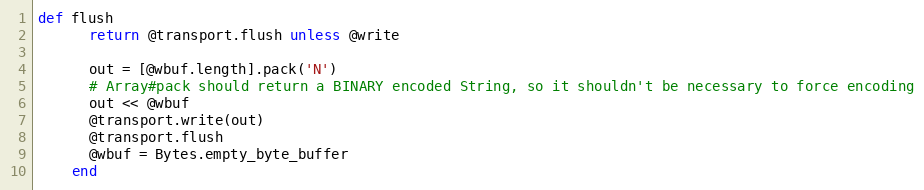
Language: Ruby
def flush
      return @transport.flush unless @write

      out = [@wbuf.length].pack('N')
      # Array#pack should return a BINARY encoded String, so it shouldn't be necessary to force encoding
      out << @wbuf
      @transport.write(out)
      @transport.flush
      @wbuf = Bytes.empty_byte_buffer
    end